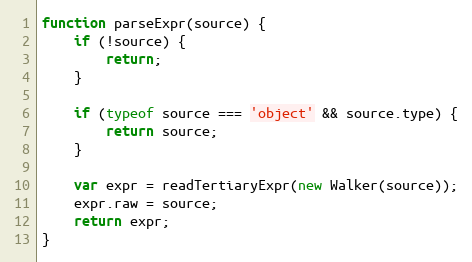
Language: JavaScript
function parseExpr(source) {
    if (!source) {
        return;
    }

    if (typeof source === 'object' && source.type) {
        return source;
    }

    var expr = readTertiaryExpr(new Walker(source));
    expr.raw = source;
    return expr;
}